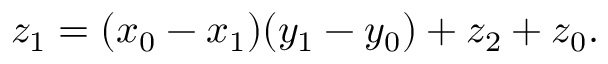
z _ { 1 } = ( x _ { 0 } - x _ { 1 } ) ( y _ { 1 } - y _ { 0 } ) + z _ { 2 } + z _ { 0 } .